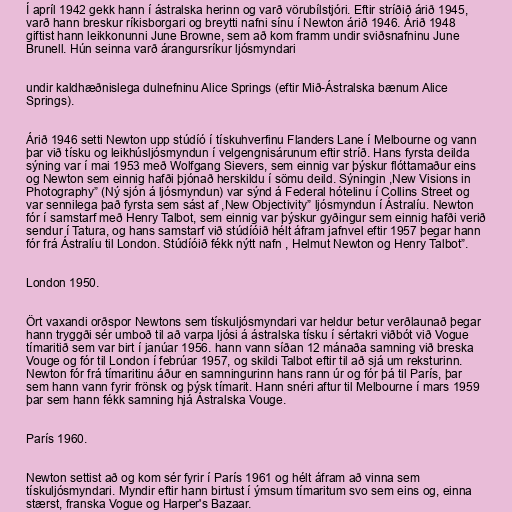
Í apríl 1942 gekk hann í ástralska herinn og varð vörubílstjóri. Eftir stríðið árið 1945,
varð hann breskur ríkisborgari og breytti nafni sínu í Newton árið 1946. Árið 1948
giftist hann leikkonunni June Browne, sem að kom framm undir sviðsnafninu June
Brunell. Hún seinna varð árangursríkur ljósmyndari

undir kaldhæðnislega dulnefninu Alice Springs (eftir Mið-Ástralska bænum Alice
Springs).

Árið 1946 setti Newton upp stúdíó í tískuhverfinu Flanders Lane í Melbourne og vann
þar við tísku og leikhúsljósmyndun í velgengnisárunum eftir stríð. Hans fyrsta deilda
sýning var í mai 1953 með Wolfgang Sievers, sem einnig var þýskur flóttamaður eins
og Newton sem einnig hafði þjónað herskildu í sömu deild. Sýningin ,New Visions in
Photography” (Ný sjón á ljósmyndun) var sýnd á Federal hótelinu í Collins Street og
var sennilega það fyrsta sem sást af ,New Objectivity” ljósmyndun í Ástralíu. Newton
fór í samstarf með Henry Talbot, sem einnig var þýskur gyðingur sem einnig hafði verið
sendur í Tatura, og hans samstarf við stúdíóið hélt áfram jafnvel eftir 1957 þegar hann
fór frá Ástralíu til London. Stúdíóið fékk nýtt nafn , Helmut Newton og Henry Talbot”.

London 1950.

Ört vaxandi orðspor Newtons sem tískuljósmyndari var heldur betur verðlaunað þegar
hann tryggði sér umboð til að varpa ljósi á ástralska tísku í sértakri viðbót við Vogue
tímaritið sem var birt í janúar 1956. hann vann síðan 12 mánaða samning við breska
Vouge og fór til London í febrúar 1957, og skildi Talbot eftir til að sjá um reksturinn.
Newton fór frá tímaritinu áður en samningurinn hans rann úr og fór þá til París, þar
sem hann vann fyrir frönsk og þýsk tímarit. Hann snéri aftur til Melbourne í mars 1959
þar sem hann fékk samning hjá Ástralska Vouge.

París 1960.

Newton settist að og kom sér fyrir í París 1961 og hélt áfram að vinna sem
tískuljósmyndari. Myndir eftir hann birtust í ýmsum tímaritum svo sem eins og, einna
stærst, franska Vogue og Harper's Bazaar.